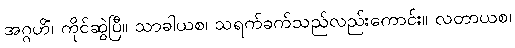
အဂ္ဂဟိံ၊ ကိုင်ဆွဲပြီ။ သာခါယစ၊ သရက်ခက်သည်လည်းကောင်း။ လတာယစ၊